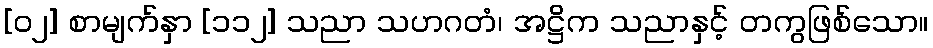
[၀၂] စာမျက်နှာ [၁၁၂] သညာ သဟဂတံ၊ အဋ္ဌိက သညာနှင့် တကွဖြစ်သော။